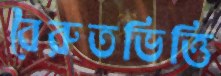
বৈরুতভিত্তি